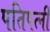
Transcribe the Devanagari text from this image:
पतिपत्‍नी